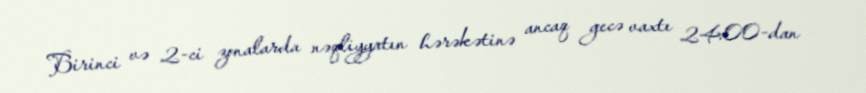
Birinci və 2-ci zonalarda nəqliyyatın hərəkətinə ancaq gecə vaxtı 24:00-dan